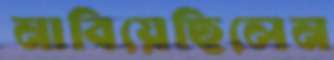
নাবিয়েছিলেন